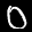
Label: 0